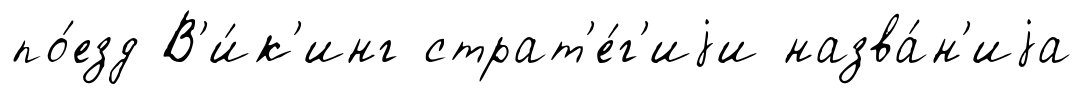
по́езд В'и́к'инг страт'е́г'иjи назва́н'иjа